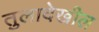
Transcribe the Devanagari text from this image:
तुलादेखील